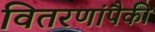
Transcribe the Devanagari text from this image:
वितरणांपैकी